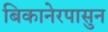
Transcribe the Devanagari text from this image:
बिकानेरपासुन